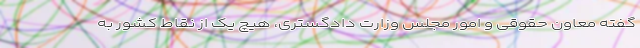
گفته معاون حقوقی و امور مجلس وزارت دادگستری، هیچ یک از نقاط کشور به